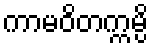
ကာမဝိတက္ကမ္ပိ